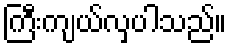
ကြီးကျယ်လှပါသည်။